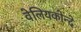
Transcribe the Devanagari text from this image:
वेलियकोन्दे